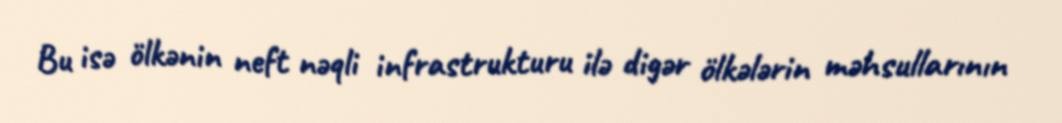
Bu isə ölkənin neft nəqli infrastrukturu ilə digər ölkələrin məhsullarının